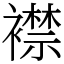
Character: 襟